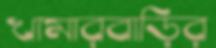
খামারবাড়ির